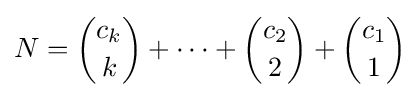
N={\binom {c_{k}}{k}}+\cdots +{\binom {c_{2}}{2}}+{\binom {c_{1}}{1}}